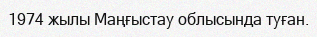
1974 жылы Маңғыстау облысында туған.